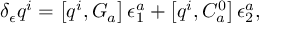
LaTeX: \delta _ { \epsilon } q ^ { i } = \left[ q ^ { i } , G _ { a } \right] \epsilon _ { 1 } ^ { a } + \left[ q ^ { i } , C _ { a } ^ { 0 } \right] \epsilon _ { 2 } ^ { a } ,